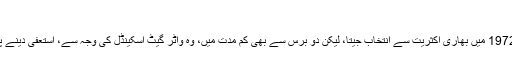
‘‘
رچرڈ نکسن نے 1972 میں بھاری اکثریت سے انتخاب جیتا، لیکن دو برس سے بھی کم مدت میں، وہ واٹر گیٹ اسکینڈل کی وجہ سے، استعفیٰ دینے پر مجبور ہو گئے۔